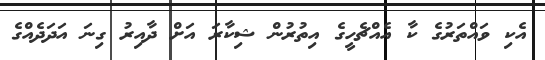
އެކި ވައްތަރުގެ ކާ އެއްޗެހީގެ އިތުރުން ޝިކާރަ އަށް ދާއިރު ގިނަ އަދަދެއްގެ